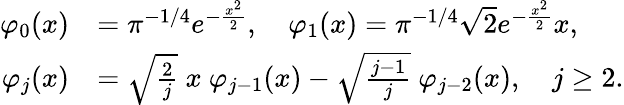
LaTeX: \begin{array}{rl}{\varphi_{0}(x)}&{=\pi^{-1/4}e^{-\frac{x^{2}}{2}},\quad\varphi_{1}(x)=\pi^{-1/4}\sqrt{2}e^{-\frac{x^{2}}{2}}x,}\\ {\varphi_{j}(x)}&{=\sqrt{\frac{2}{j}}\ x\ \varphi_{j-1}(x)-\sqrt{\frac{j-1}{j}}\ \varphi_{j-2}(x),\quad j\geq 2.}\end{array}